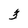
Character: 3